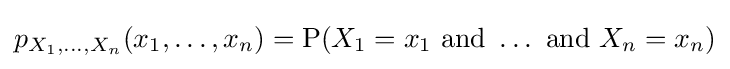
p_{X_{1},\ldots ,X_{n}}(x_{1},\ldots ,x_{n})=\mathrm {P} (X_{1}=x_{1}{\text{ and }}\dots {\text{ and }}X_{n}=x_{n})